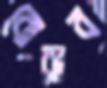
বোরাব